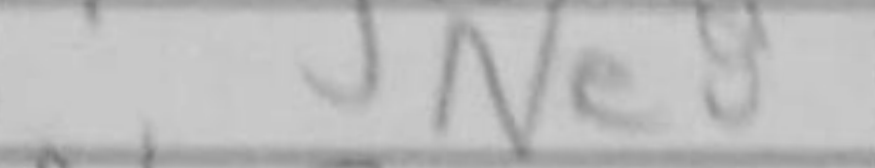
Transcription: Ne8